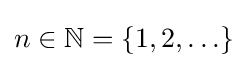
n\in \mathbb {N} =\{1,2,\ldots \}